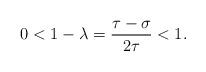
LaTeX: \begin{align*}0 < 1-\lambda = \frac{ \tau - \sigma}{2 \tau} < 1.\end{align*}